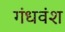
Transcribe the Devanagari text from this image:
गंधवंश